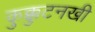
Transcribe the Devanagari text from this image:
कुक्कुटनखी